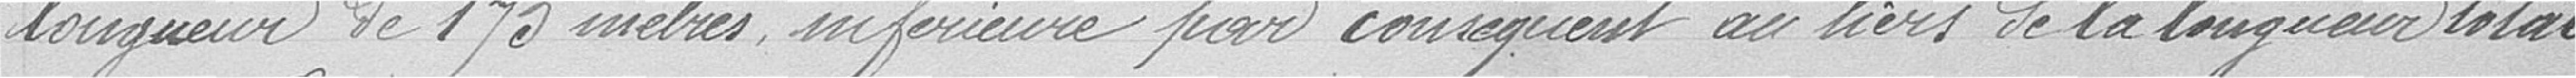
longueur de 175 mètres inférieure par conséquent au tiers de la longueur totale